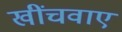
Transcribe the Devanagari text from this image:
खींचवाए